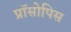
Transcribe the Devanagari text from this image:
प्रॉसोपिस